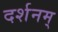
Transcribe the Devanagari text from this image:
दर्शनम्‌